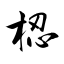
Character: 梕